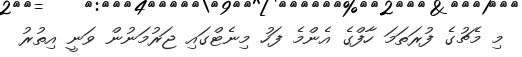
މި މެޗުގެ ފުރަތަމަ ހާފްގެ އެންމެ ފަހު މިނެޓްގައި ޖަރުމަނުން ވަނީ އިތުރު